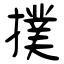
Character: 撲